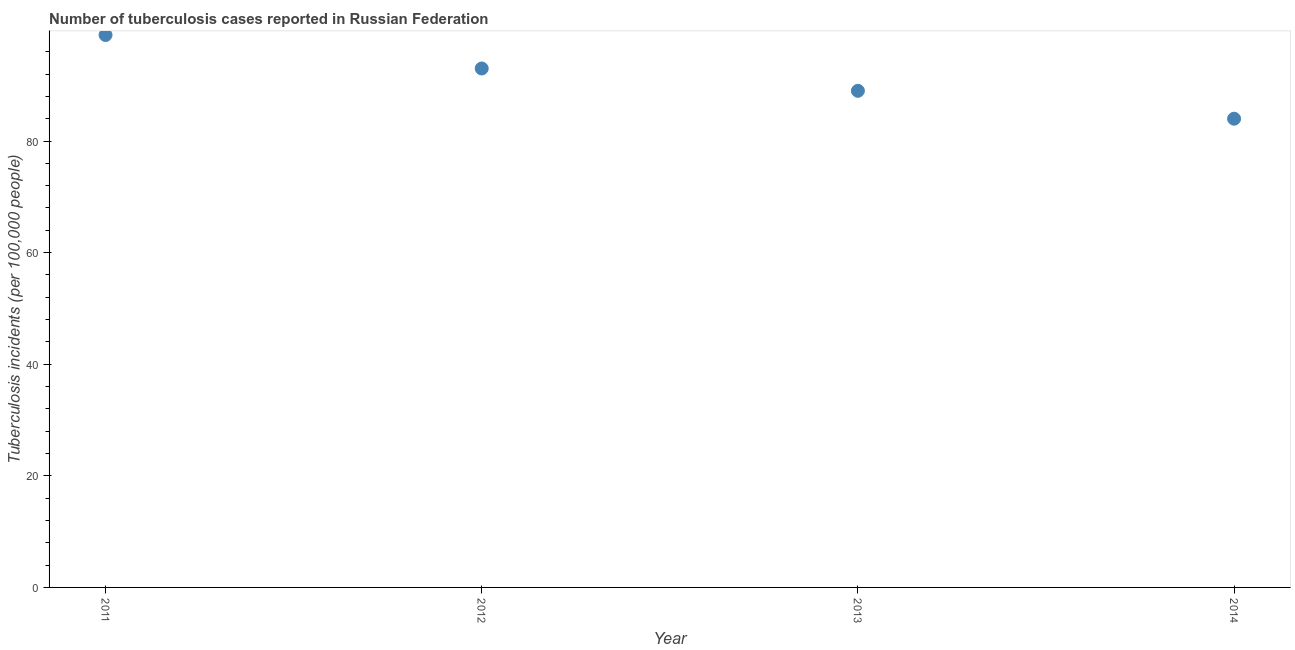
| Year | Incidence of tuberculosis |
 | --- | --- |
 | 2011 | 99 |
 | 2012 | 93 |
 | 2013 | 89 |
 | 2014 | 84 |